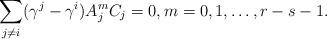
LaTeX: \begin{align*}\sum_{j\neq i} (\gamma^j-\gamma^i)A_j^mC_j=0,m=0,1,\dots,r-s-1.\end{align*}